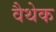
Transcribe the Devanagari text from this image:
वैथेक